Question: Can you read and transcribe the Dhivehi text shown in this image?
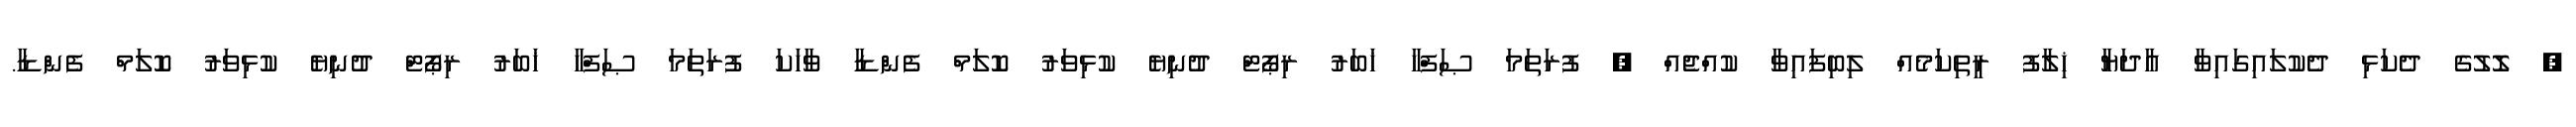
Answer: , ލޮލުގެ ދެކަޅި ދެކުލައިގައިވާ އާދަޔާ ޚިލާފު ރީތިކަމެއް ލިބިފައިވާ ކުއްޖެއް , ފުރަތަމަ ޞަފްހާ ޚަބަރު ރިޕޯޓް ދުނިޔެ ކުޅިވަރު ކޮލަމް ފެންޑާ ވާހަކަ ފުރަތަމަ ޞަފްހާ ޚަބަރު ރިޕޯޓް ދުނިޔެ ކުޅިވަރު ކޮލަމް ފެންޑާ.